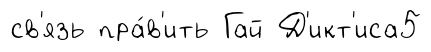
св'язь пра́в'ить Гай Д'икт'иса5